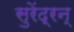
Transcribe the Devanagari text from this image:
सुरेंद्रन्